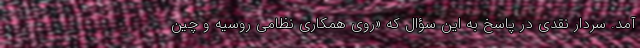
آمد. سردار نقدی در پاسخ به این سؤال که «روی همکاری نظامی روسیه و چین